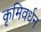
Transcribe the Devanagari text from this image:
कृमिवर्धन